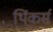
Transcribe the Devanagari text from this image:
थिंकर्स